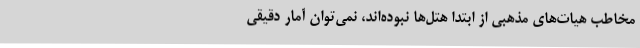
مخاطب هیات‌های مذهبی از ابتدا هتل‌ها نبوده‌اند، نمی‌توان آمار دقیقی